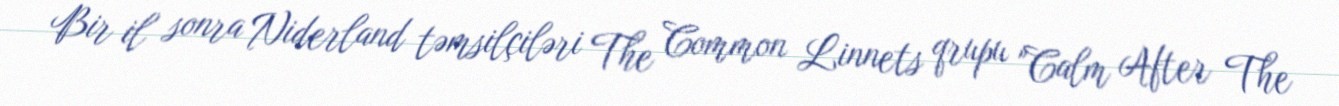
Bir il sonra Niderland təmsilçiləri The Common Linnets qrupu "Calm After The